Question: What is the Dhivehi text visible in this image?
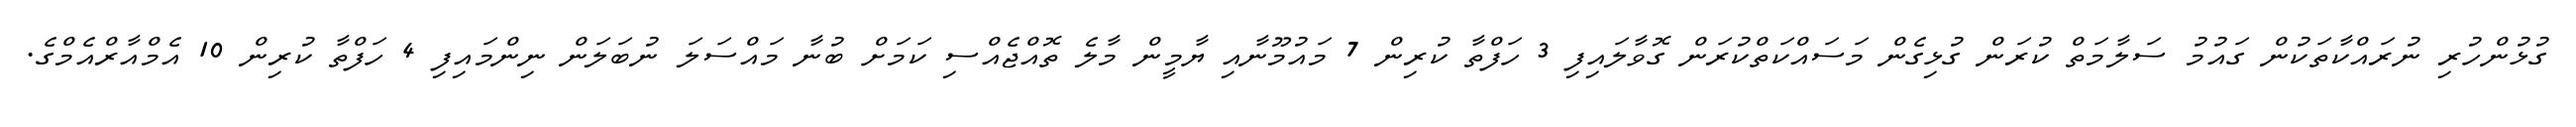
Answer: ގުޅުންހުރި ނުރައްކާތަކުން ގައުމު ސަލާމަތް ކުރަން ގުޅިގެން މަސައްކަތްކުރަން ގޮވާލައިފި 3 ހަފްތާ ކުރިން 7 މައުމޫނާއި ޔާމީން މާލެ ތޮއްޖެއްސި ކަމަށް ބުނާ މައްސަލަ ނުބަލަން ނިންމައިފި 4 ހަފްތާ ކުރިން 10 އެމްއާރްއެމްގެ.